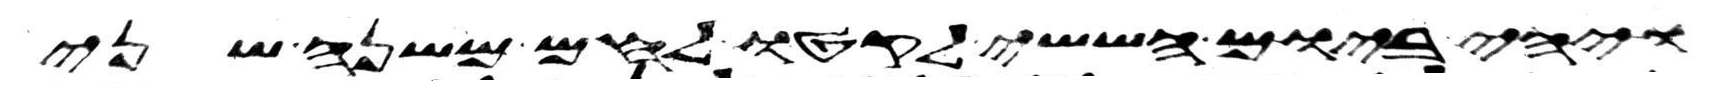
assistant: ויהי ביום הששי לקטו לחם משנה שני